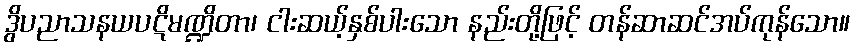
ဒွိပညာသနယပဋိမဏ္ဍိတာ၊ ငါးဆယ့်နှစ်ပါးသော နည်းတို့ဖြင့် တန်ဆာဆင်အပ်ကုန်သော။